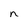
Character: n